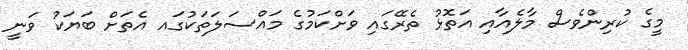
މީގެ ކުރިންވެސް މާލެއާއި އަތޮޅު ތެރޭގައި ވަށްކަމުގެ މައްސަލަތަކުގައ އެތަށް ބަޔަކު ވަނީ